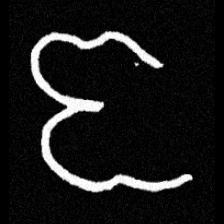
Pyu character \u2014 Myanmar letter: ဇ (romanized: ja)